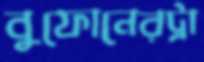
বুফোনেরট্রা